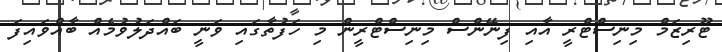
ޓޫރިޒަމް މިނިސްޓްރީ އާއި ފިނޭންސް މިނިސްޓްރީން މި ހަފުތާގައި ވަނީ ބައްދަލުވުމެއް ބާއްވައިފަ